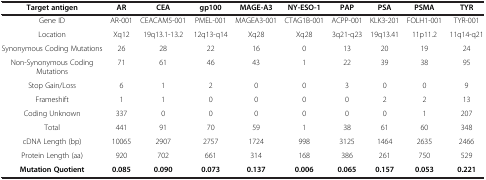
| Target antigen | AR | CEA | gp100 | MAGE-A3 | NY-ESO-1 | PAP | PSA | PSMA | TYR |
 | --- | --- | --- | --- | --- | --- | --- | --- | --- | --- |
 | Gene ID | AR-001 | CEACAM5-001 | PMEL-001 | MAGEA3-001 | CTAG1B-001 | ACPP-001 | KLK3-201 | FOLH1-001 | TYR-001 |
 | Location | Xq12 | 19q13.1-13.2 | 12q13-q14 | Xq28 | Xq28 | 3q21-q23 | 19q13.41 | 11p11.2 | 11q14-q21 |
 | Synonymous Coding Mutations | 26 | 28 | 22 | 16 | 0 | 13 | 20 | 19 | 24 |
 | Non-Synonymous Coding Mutations | 71 | 61 | 46 | 43 | 1 | 22 | 39 | 38 | 95 |
 | Stop Gain/Loss | 6 | 1 | 2 | 0 | 0 | 3 | 0 | 0 | 9 |
 | Frameshift | 1 | 1 | 0 | 0 | 0 | 0 | 2 | 2 | 13 |
 | Coding Unknown | 337 | 0 | 0 | 0 | 0 | 0 | 0 | 1 | 207 |
 | Total | 441 | 91 | 70 | 59 | 1 | 38 | 61 | 60 | 348 |
 | cDNA Length (bp) | 10065 | 2907 | 2757 | 1724 | 998 | 3125 | 1464 | 2635 | 2466 |
 | Protein Length (aa) | 920 | 702 | 661 | 314 | 168 | 386 | 261 | 750 | 529 |
 | Mutation Quotient | 0.085 | 0.090 | 0.073 | 0.137 | 0.006 | 0.065 | 0.157 | 0.053 | 0.221 |